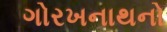
ગોરખનાથનો